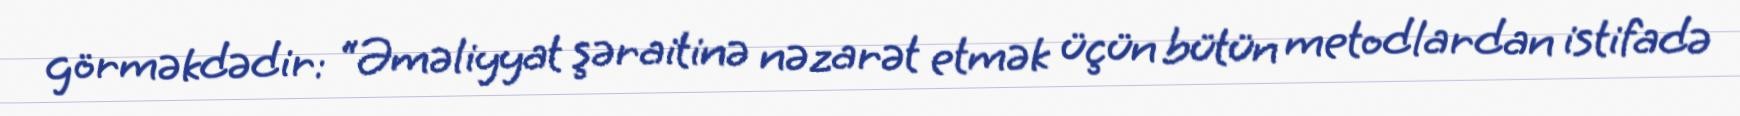
görməkdədir: “Əməliyyat şəraitinə nəzarət etmək üçün bütün metodlardan istifadə